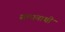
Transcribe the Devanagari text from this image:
सत्यनाथी